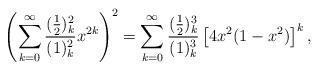
LaTeX: \begin{align*}\left(\sum_{k=0}^{\infty} \frac{(\frac12)_k^2}{(1)_k^2}x^{2k} \right)^2 = \sum_{k=0}^{\infty} \frac{(\frac12)_k^3}{(1)_k^3}\left[ 4x^2(1-x^2) \right]^k,\end{align*}